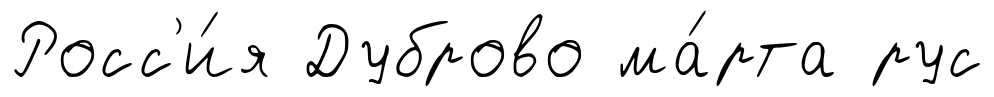
Росс'и́я Дуброво ма́рта рус